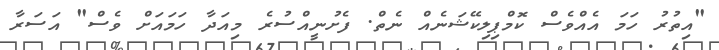
"އިތުރު ހަމަ އެއްވެސް ކޮމްޕިލިކޭޝަނެއް ނެތް. ފެށުނީއްސުރެ މިއަދާ ހަމައަށް ވެސް" އަސަރާ